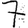
Digit: 7